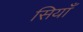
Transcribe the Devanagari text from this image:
सियाँ